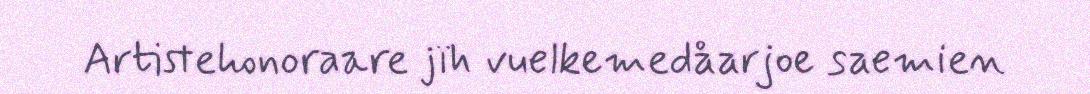
Artistehonoraare jïh vuelkemedåarjoe saemien